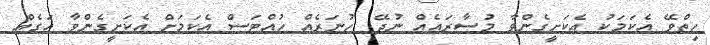
ހިތްވޭ އެކަމަކު އެކަށީގެންވާ މުސާރައެއް ނުދޭ. ހުނަރެއް ހުއްޓަސް އެކަމަށް އެކަށީގެންވާ އަގެއް